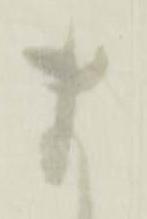
ま